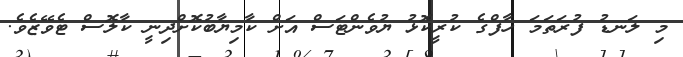
މި ލަނޑު ފުރަތަމަ ހާފްގެ ކުރީކޮޅު ޔުވެންޓަސް އަށް ކާމިޔާބުކޮށްދިނީ ކާލޮސް ޓެވޭޒެވެ.